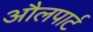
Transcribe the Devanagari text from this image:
औलपार्ट